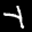
Label: 4